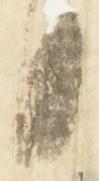
日